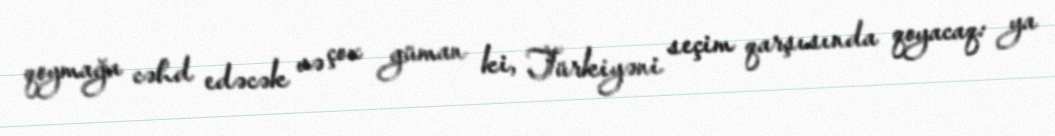
qoymağa cəhd edəcək və çox güman ki, Türkiyəni seçim qarşısında qoyacaq: ya